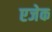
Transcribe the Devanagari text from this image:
एजेक